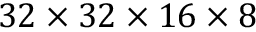
3 2 \times 3 2 \times 1 6 \times 8